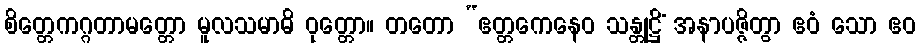
စိတ္တေကဂ္ဂတာမတ္တော မူလသမာဓိ ဝုတ္တော။ တတော “ဧတ္တကေနေဝ သန္တုဋ္ဌိံ အနာပဇ္ဇိတွာ ဧဝံ သော ဧဝ